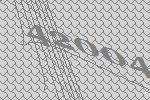
42004